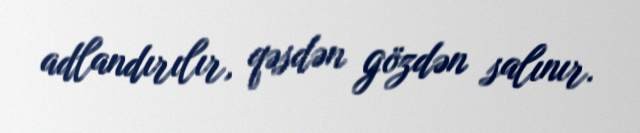
adlandırılır, qəsdən gözdən salınır.